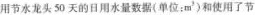
用节水龙头50天的日用水量数据(单位： m^{3})和使用了节